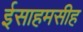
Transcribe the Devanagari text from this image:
ईसाहमसीह